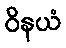
ဝိနယံ